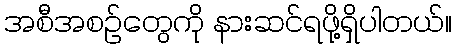
အစီအစဉ်တွေကို နားဆင်ရဖို့ရှိပါတယ်။